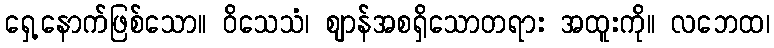
ရှေ့နောက်ဖြစ်သော။ ဝိသေသံ၊ ဈာန်အစရှိသောတရား အထူးကို။ လဘေထ၊